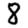
Digit: 8